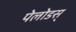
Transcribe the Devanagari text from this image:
पेलोडस्